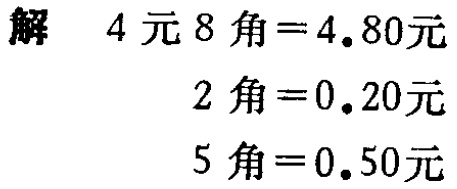
```
解
$4\text{元}8\text{角}=4.80\text{元}$
$2\text{角}=0.20\text{元}$
$5\text{角}=0.50\text{元}$
```